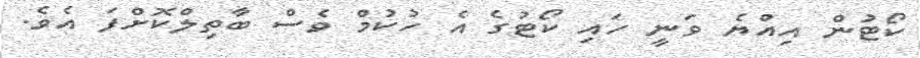
ކޯޓުން އިއްޔެ ވަނީ ހައި ކޯޓުގެ އެ ހުކުމް ވެސް ބާތިލްކޮށްފަ އެވެ.